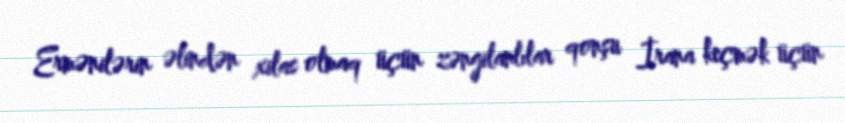
Ermənilərin əlindən xilas olmaq üçün zəngilanlılar qonşu İrana keçmək üçün